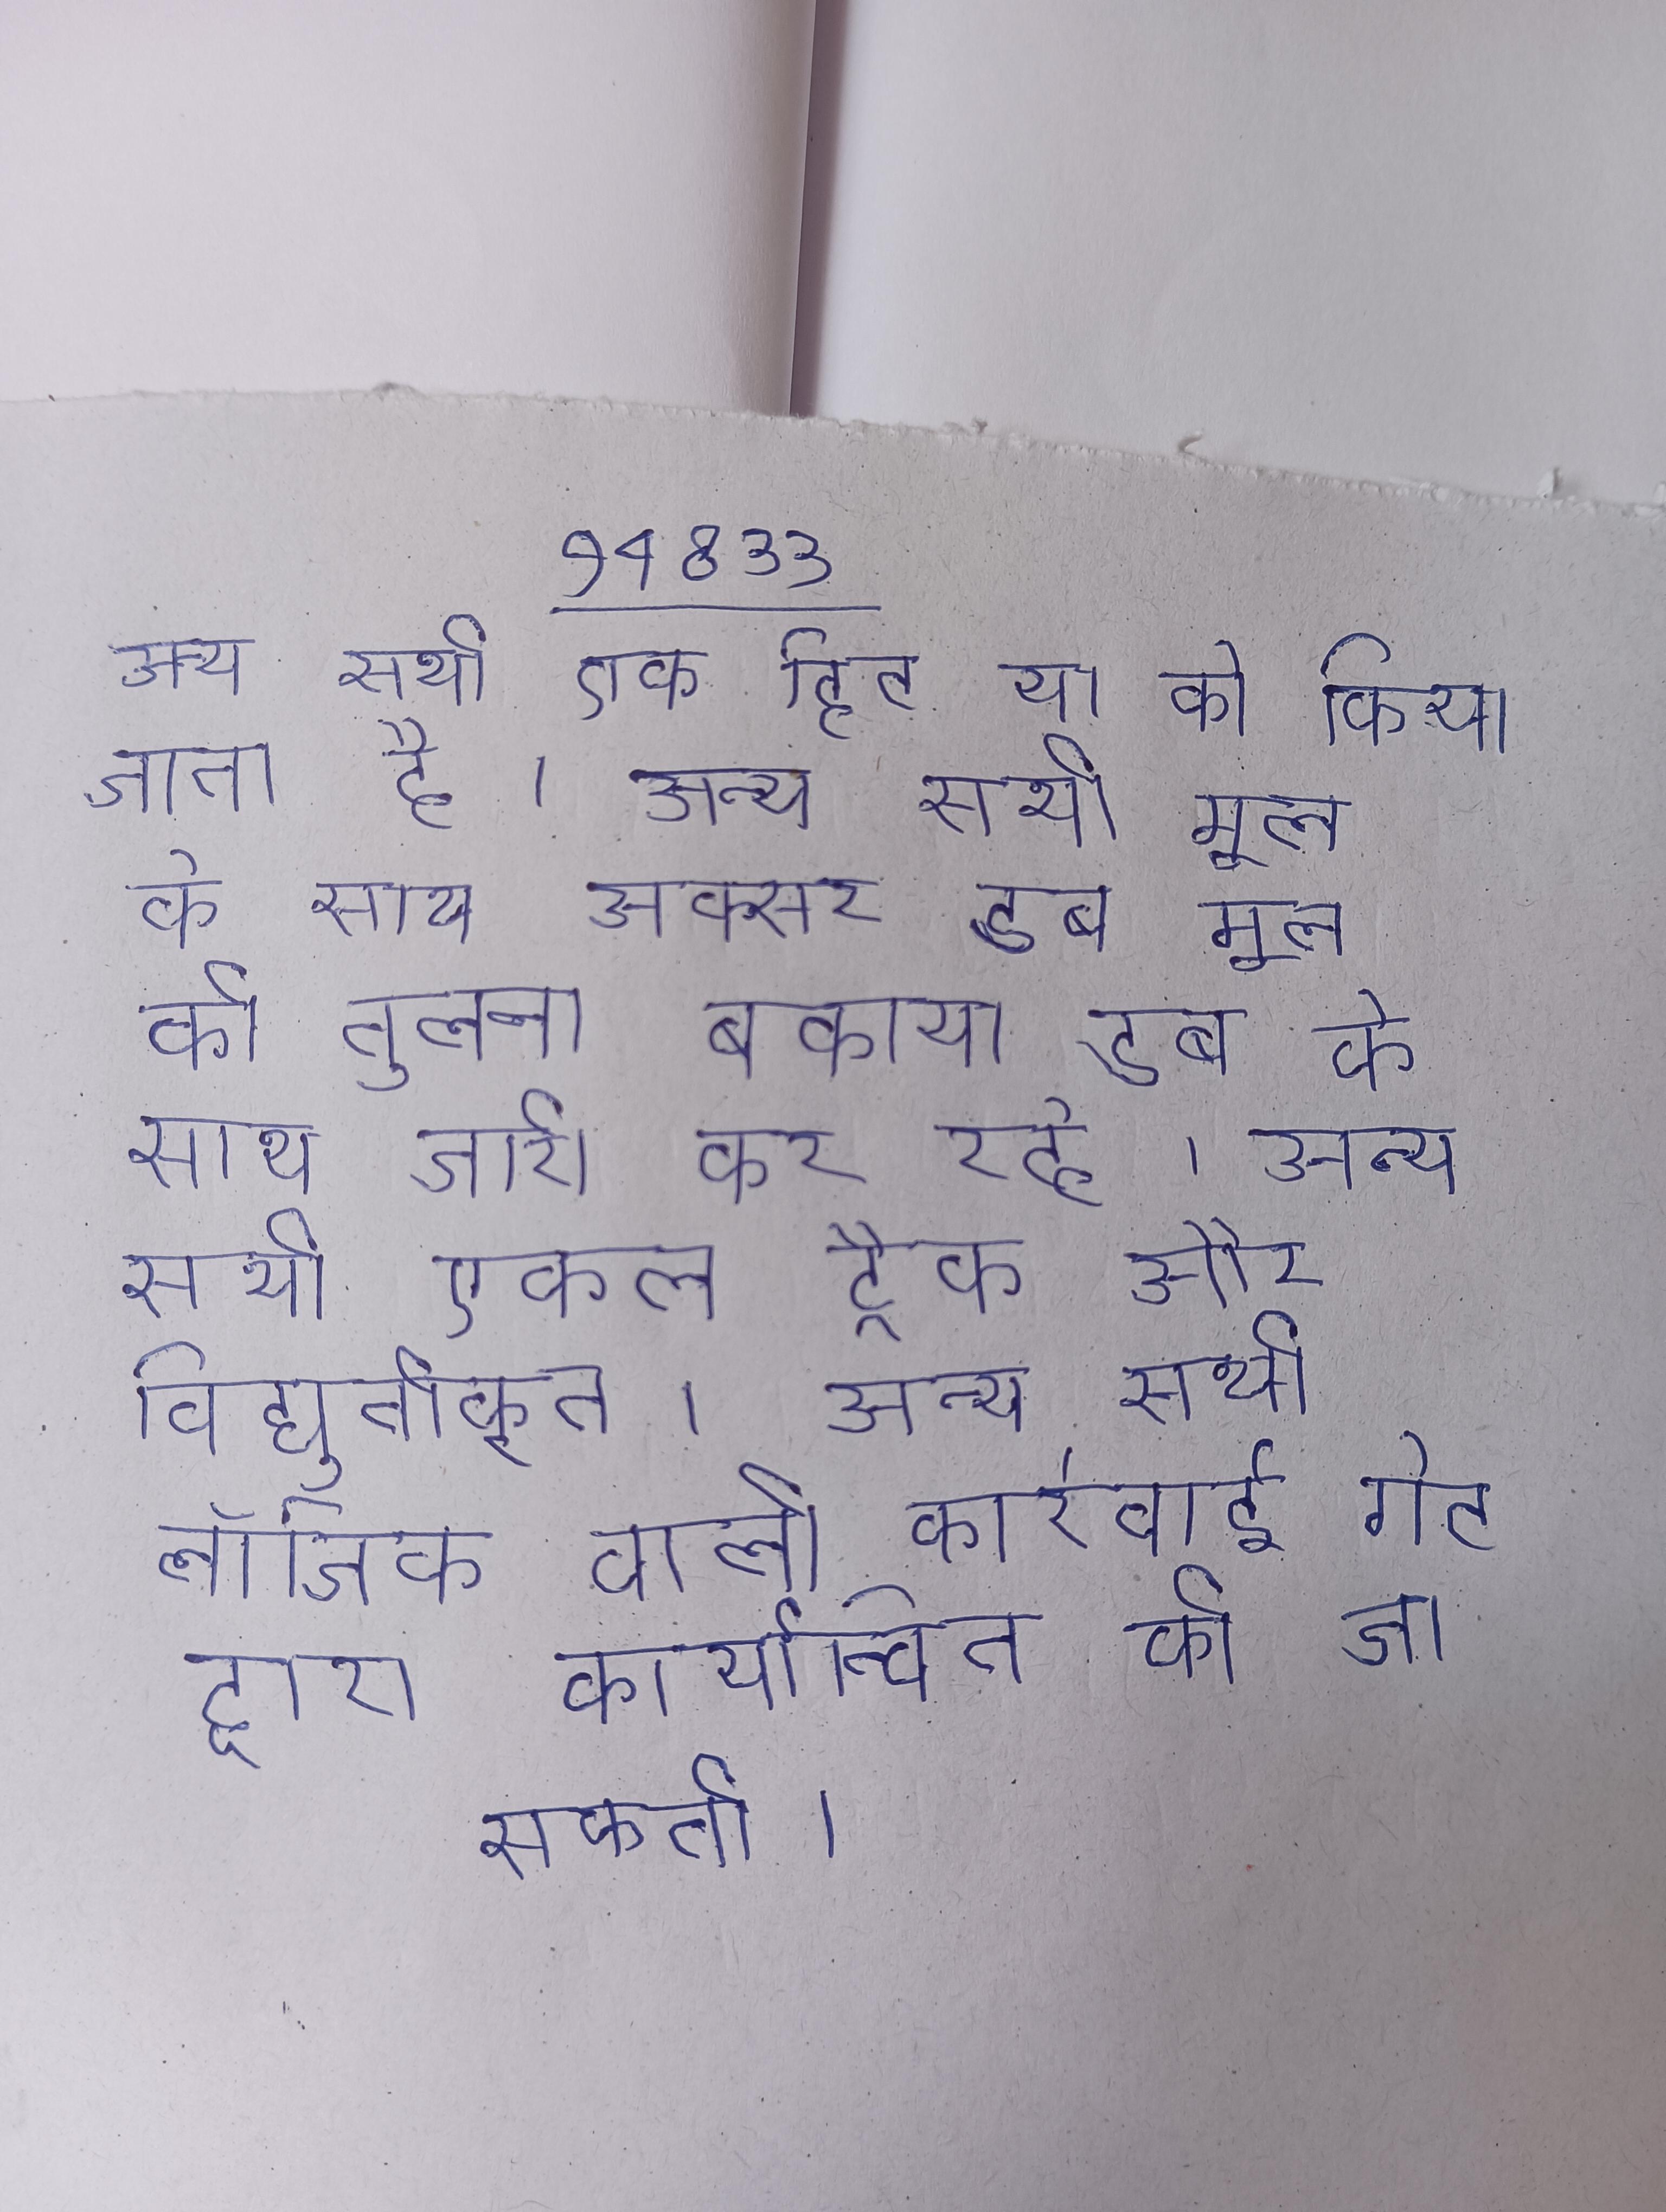
अन्य सभी एक हिट या को कॉल किया जाता है । अन्य सभी मूल के साथ अक्सर डब मूल की तुलना बकाया डब के साथ जारी कर रहे । अन्य सभी एकल ट्रैक और विद्युतीकृत । अन्य सभी लॉजिक वाली कार्रवाई गेट द्वारा कार्यान्वित की जा सकती ।